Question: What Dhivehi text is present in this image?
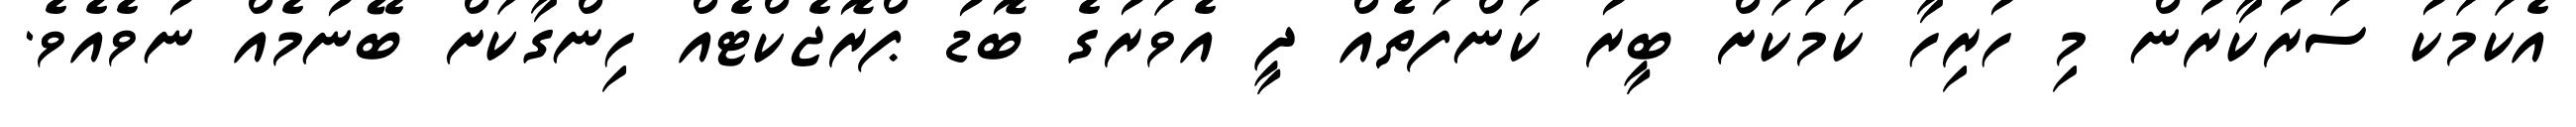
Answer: އެކަމަކު ސަރުކާރުން މި ހުރިހާ ކަމަކަށް ބީރު ކަންފަތެއް ދީ އެވަރުގެ ބޮޑު ޕްރޮޖެކްޓެއް ހިންގާކަށް ބޭނުމެއް ނުވެއެވެ.